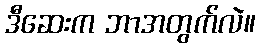
ဒီဆေးက ဘာအတွက်လဲ။